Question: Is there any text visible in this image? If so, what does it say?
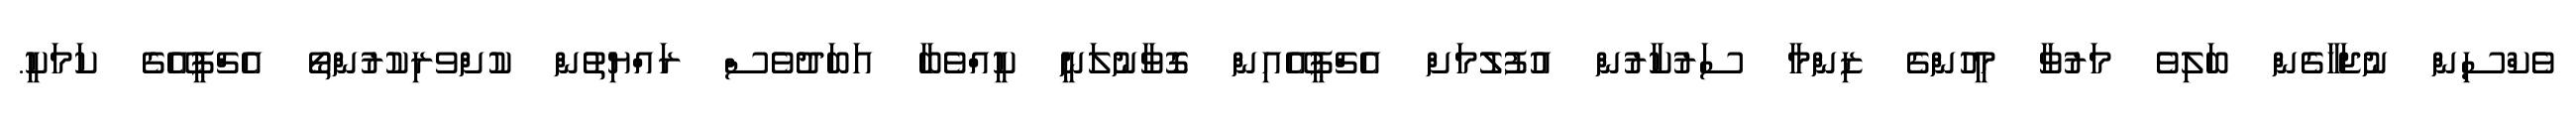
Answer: ވެކްސިން ނުޖަހާގެން ބަލިވެ މަރުވާ މީހުންގެ ޒިންމާ ސަރުކާރުން އުފުލުމަށް އެޗްޕީއޭއިން ގޮވާނުލަނީ ކީއްވެބާ އަބަދުވެސް ރައްޔިތުން ކުށްވރިކުރުންތޯ އެޗްޕީއޭގެ ކަމަކީ.